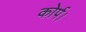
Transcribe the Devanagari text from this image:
कोर्प।